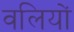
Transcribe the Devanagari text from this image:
वलियों